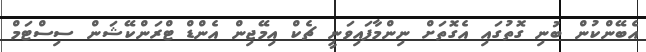
އެބޭންކުން ބުނި ގޮތުގައި އެގޮތަށް ނިންމާފައިވަނީ ޗެކް އިމޭޖިން އެންޑް ޓްރަންކޭޝަން ސިސްޓަމް